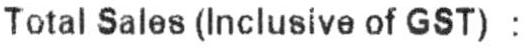
TOTAL SALES (INCLUSIVE OF GST) :